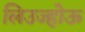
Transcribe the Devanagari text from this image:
लिउज्होऊ